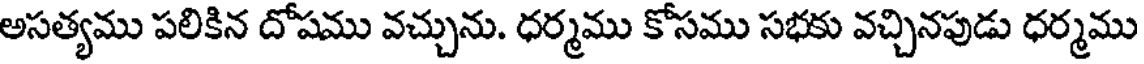
అసత్యము పలికిన దోషము వచ్చును. ధర్మము కోసము సభకు వచ్చినపుడు ధర్మము